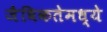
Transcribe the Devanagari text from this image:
जैविकतेमध्ये